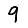
Digit: 9